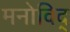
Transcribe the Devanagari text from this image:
मनोविद्